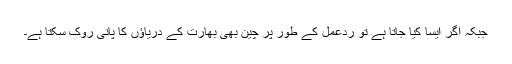
جبکہ اگر ایسا کیا جاتا ہے تو ردعمل کے طور پر چین بھی بھارت کے دریاؤں کا پانی روک سکتا ہے۔